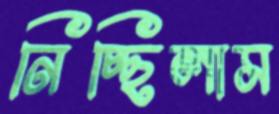
নিচ্ছিলাম